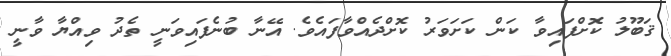
ޤަބޫލު ކޮށްފައިވާ ކަން ކަށަވަރު ކޮށްދެއްވާފައެވެ. އޭނާ ބުނެފައިވަނީ ތެދު ވިއްޔާ ވާނީ